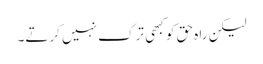
لیکن راہ حق کو کبھی ترک نہیں کرتے۔